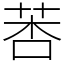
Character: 莕